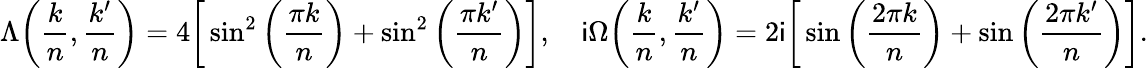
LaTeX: \Lambda\bigg(\frac{k}{n},\frac{k^{\prime}}{n}\bigg)=4\bigg[\sin^{2}\bigg(\frac{\pi k}{n}\bigg)+\sin^{2}\bigg(\frac{\pi k^{\prime}}{n}\bigg)\bigg],\quad\mathsf{i}\Omega\bigg(\frac{k}{n},\frac{k^{\prime}}{n}\bigg)=2\mathsf{i}\bigg[\sin\bigg(\frac{2\pi k}{n}\bigg)+\sin\bigg(\frac{2\pi k^{\prime}}{n}\bigg)\bigg].